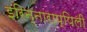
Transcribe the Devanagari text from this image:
इरिन्नाराप्पिली